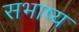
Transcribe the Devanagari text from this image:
सभाष्य